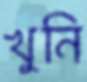
খুনি